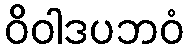
ဝိဝါဒပဘဝံ